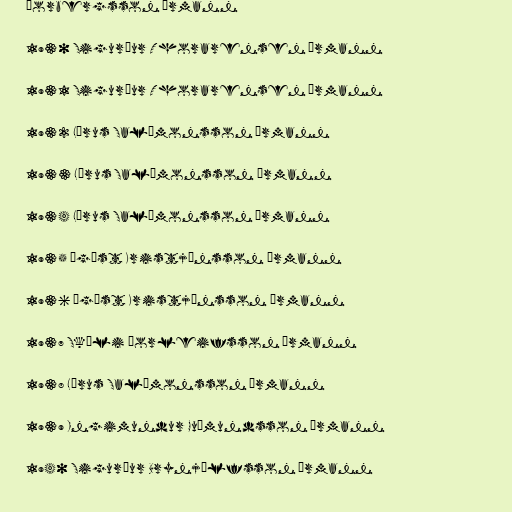
Þorbergsson Ármann

1930 Sigurður Thorarensen Ármann

1931 Sigurður Thorarensen Ármann

1932 Lárus Salómonsson Ármann

1933 Lárus Salómonsson Ármann

1934 Lárus Salómonsson Ármann

1935 Ágúst Kristjánsson Ármann

1936 Ágúst Kristjánsson Ármann

1937 Skúli Þorleifsson Ármann

1938 Lárus Salómonsson Ármann

1939 Ingimundur Guðmundsson Ármann

1940 Sigurður Brynjólfsson Ármann